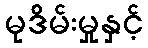
မုဒိမ်းမှုနှင့်